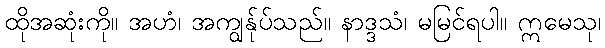
ထိုအဆုံးကို။ အဟံ၊ အကျွန်ုပ်သည်။ နာဒ္ဒသံ၊ မမြင်ရပါ။ ဣမေသု၊